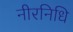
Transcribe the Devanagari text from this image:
नीरनिधि